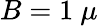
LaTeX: B=1~\mu